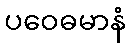
ပဝေဓမာနံ